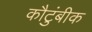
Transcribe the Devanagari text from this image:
कौटुंबीक